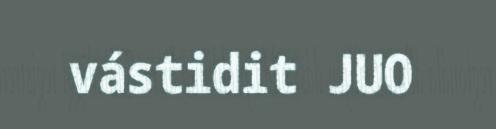
vástidit JUO